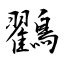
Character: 鸐